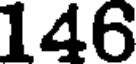
146